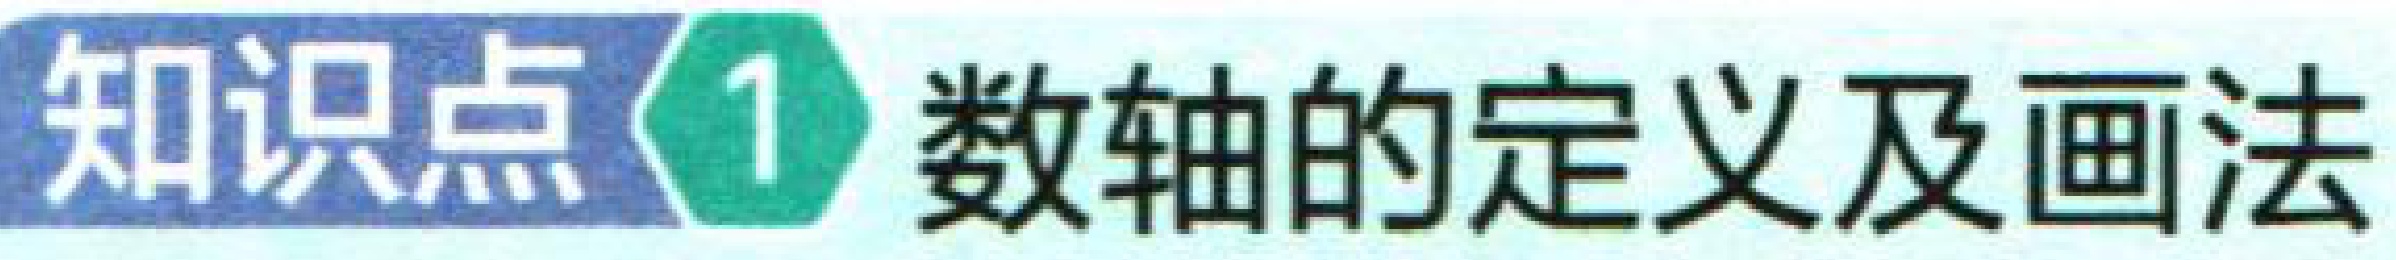
知识点\(1\) 数轴的定义及画法